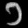
Digit: ၁